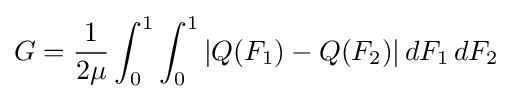
G={\frac {1}{2\mu }}\int _{0}^{1}\int _{0}^{1}|Q(F_{1})-Q(F_{2})|\,dF_{1}\,dF_{2}